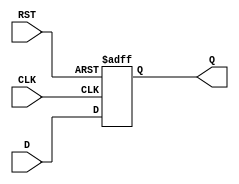
module REG_BIT(
  input RST,
  input CLK,
  input D,
  output reg Q
);
always @(posedge CLK or posedge RST) begin
  if(RST) begin
    Q <= 1'b0;
  end else begin
    Q <= D;
  end
end
endmodule

module REG_BYTE(
  input RST,
  input CLK,
  input [7:0] DIN,
  output [7:0] DOUT
);

REG_BIT u_REG_BIT0(.RST(RST), .CLK(CLK), .D(DIN[0]), .Q(DOUT[0]));
REG_BIT u_REG_BIT1(.RST(RST), .CLK(CLK), .D(DIN[1]), .Q(DOUT[1]));
REG_BIT u_REG_BIT2(.RST(RST), .CLK(CLK), .D(DIN[2]), .Q(DOUT[2]));
REG_BIT u_REG_BIT3(.RST(RST), .CLK(CLK), .D(DIN[3]), .Q(DOUT[3]));
REG_BIT u_REG_BIT4(.RST(RST), .CLK(CLK), .D(DIN[4]), .Q(DOUT[4]));
REG_BIT u_REG_BIT5(.RST(RST), .CLK(CLK), .D(DIN[5]), .Q(DOUT[5]));
REG_BIT u_REG_BIT6(.RST(RST), .CLK(CLK), .D(DIN[6]), .Q(DOUT[6]));
REG_BIT u_REG_BIT7(.RST(RST), .CLK(CLK), .D(DIN[7]), .Q(DOUT[7]));

endmodule